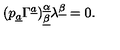
( p _ { \underline { a } } \Gamma ^ { \underline { a } } ) _ { \underline { \beta } } ^ { \underline { \alpha } } \lambda ^ { \underline { \beta } } = 0 .